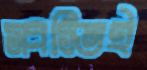
স্বস্তিই